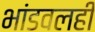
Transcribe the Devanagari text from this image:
भांडवलही